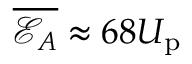
\overline { { \mathcal { E } _ { A } } } \approx 6 8 U _ { \mathrm { p } }